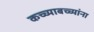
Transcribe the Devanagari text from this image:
कच्च्याबच्च्यांना